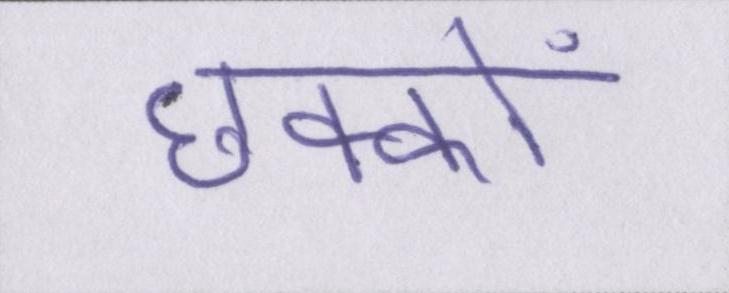
छक्कों